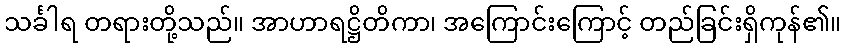
သင်္ခါရ တရားတို့သည်။ အာဟာရဋ္ဌိတိကာ၊ အကြောင်းကြောင့် တည်ခြင်းရှိကုန်၏။